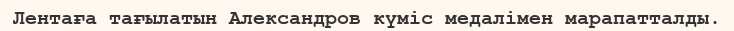
Лентаға тағылатын Александров күміс медалімен марапатталды.